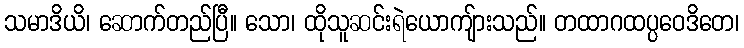
သမာဒိယိ၊ ဆောက်တည်ပြီ။ သော၊ ထိုသူဆင်းရဲယောကျ်ားသည်။ တထာဂထပ္ပဝေဒိတေ၊